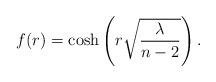
LaTeX: \begin{align*}f(r)=\cosh\left(r\sqrt{\frac{\lambda}{n-2}}\right). \end{align*}